Madras plague regulations and rules for the inspection of inward and outward bound vessels - Volume 2
Disease focus: Plague
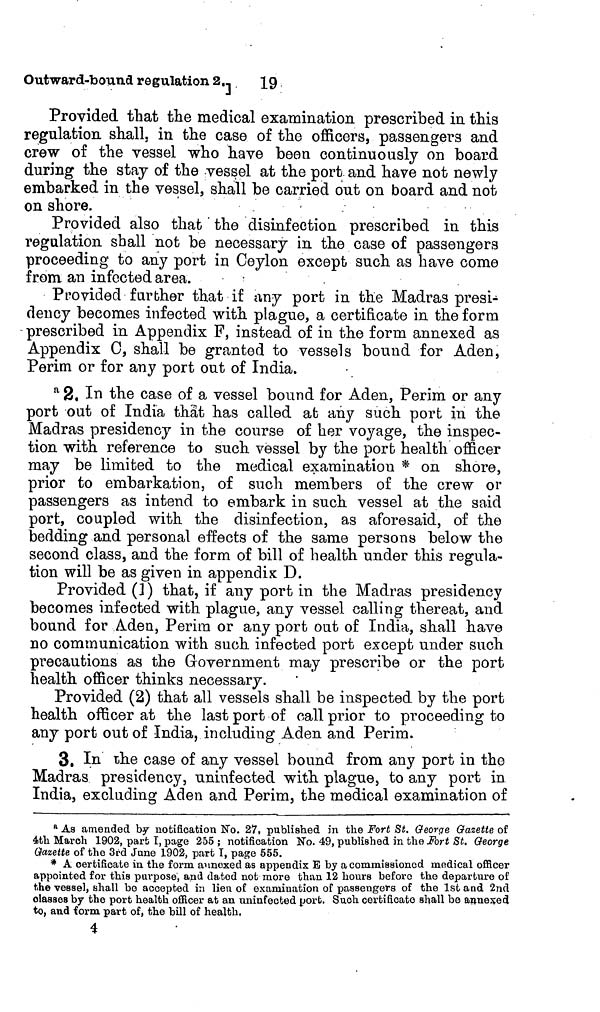
19
Outward-bound regulation 2.]_
Provided that the medical examination prescribed in this
regulation shall, in the case of the officers, passengers and
crew of the vessel who have been continuously on board
during the stay of the vessel at the port and have not newly
embarked in the vessel, shall be carried out on board and not
on shore.
Provided also that the disinfection prescribed in this
regulation shall not be necessary in the case of passengers
proceeding to any port in Ceylon except such as have come
from an infected area.
Provided further that if any port in the Madras presi-
dency becomes infected with plague, a certificate in the form
prescribed in Appendix F, instead of in the form annexed as
Appendix 0, shall be granted to vessels bound for Aden,
Perim or for any port out of India.
a 2. In the case of a vessel bound for Aden, Perim or any
port out of India that has called ab any such port in the
Madras presidency in the course of her voyage, the inspec-
tion with reference to such vessel by the port health officer
may be limited to the medical examination * on shore,
prior to embarkation, of such members of the crew or
passengers as intend to embark in such vessel at the said
port, coupled with the disinfection, as aforesaid, of the
bedding and personal effects of the same persons below the
second class, and the form of bill of health under this regula-
tion will be as given in appendix D.
Provided (1) that, if any port in the Madras presidency
becomes infected with plague, any vessel calling thereat, and
bound for Aden, Périra or any port out of India, shall have
no communication with such infected port except under such
precautions as the Government may prescribe or the port
health officer thinks necessary.
Provided (2) that all vessels shall be inspected by the port
health officer at the last port of call prior to proceeding to
any port out of India, including Aden and Perim.
3. In the case of any vessel bound from any port in the
Madras presidency, uninfected with, plague, to any port in
India, excluding Aden and Perim, the medical examination of
R As amended by notification No. 27,• published in the Fort St. George Gazette of
4th March 1902, part I, page 255 ; notification No. 49, published in the Fort St. George
Gazette of the 3rd June 1902, part I, page 555.
* A certificate in the form annexed as appendix B by a commissioned medical officer
appointed for this purpose, and dated not more than 12 hours before the departure of
the vessel, shall be accepted in lieu of examination of passengers of the 1st and 2nd
classes by the port health officer at an uninfected port. Such certificate shall be annexed
to, and form part of, the bill of health,
4